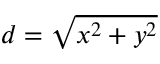
d = { \sqrt { x ^ { 2 } + y ^ { 2 } } }